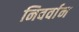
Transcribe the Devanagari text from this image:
निवर्वान